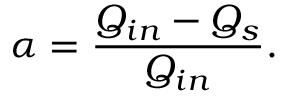
\alpha = \frac { Q _ { i n } - Q _ { s } } { Q _ { i n } } .